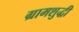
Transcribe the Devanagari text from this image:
ग्रामशुद्धी